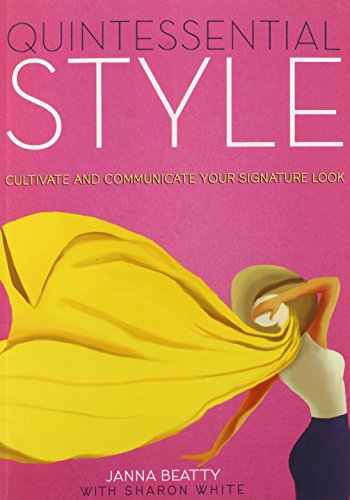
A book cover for Quintessential Style: Cultivate and Communicate Your Signature Look; Janna Beatty; Health, Fitness & Dieting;